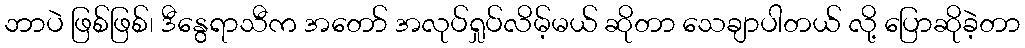
ဘာပဲ ဖြစ်ဖြစ်၊ ဒီနွေရာသီက အတော် အလုပ်ရှုပ်လိမ့်မယ် ဆိုတာ သေချာပါတယ် လို့ ပြောဆိုခဲ့တာ